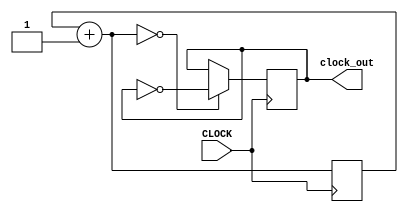
`timescale 1ns / 1ps
//////////////////////////////////////////////////////////////////////////////////
// Company: 
// Engineer: 
// 
// Design Name: 
// Module Name: clk_6p25m
// Project Name: 
// Target Devices: 
// Tool Versions: 
// Description: 
// 
// Dependencies: 
// 
// Revision:
// Revision 0.01 - File Created
// Additional Comments:
// 
//////////////////////////////////////////////////////////////////////////////////


module clk_6p25m(
    input CLOCK,
    output reg clock_out
    );
    
    reg [4:0] counter;
    
    always @ (posedge CLOCK) begin 
        counter = counter + 1;
        if (counter == 0) 
            clock_out <= ~clock_out;
    end
    
endmodule